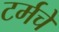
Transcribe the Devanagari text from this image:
टर्मचे